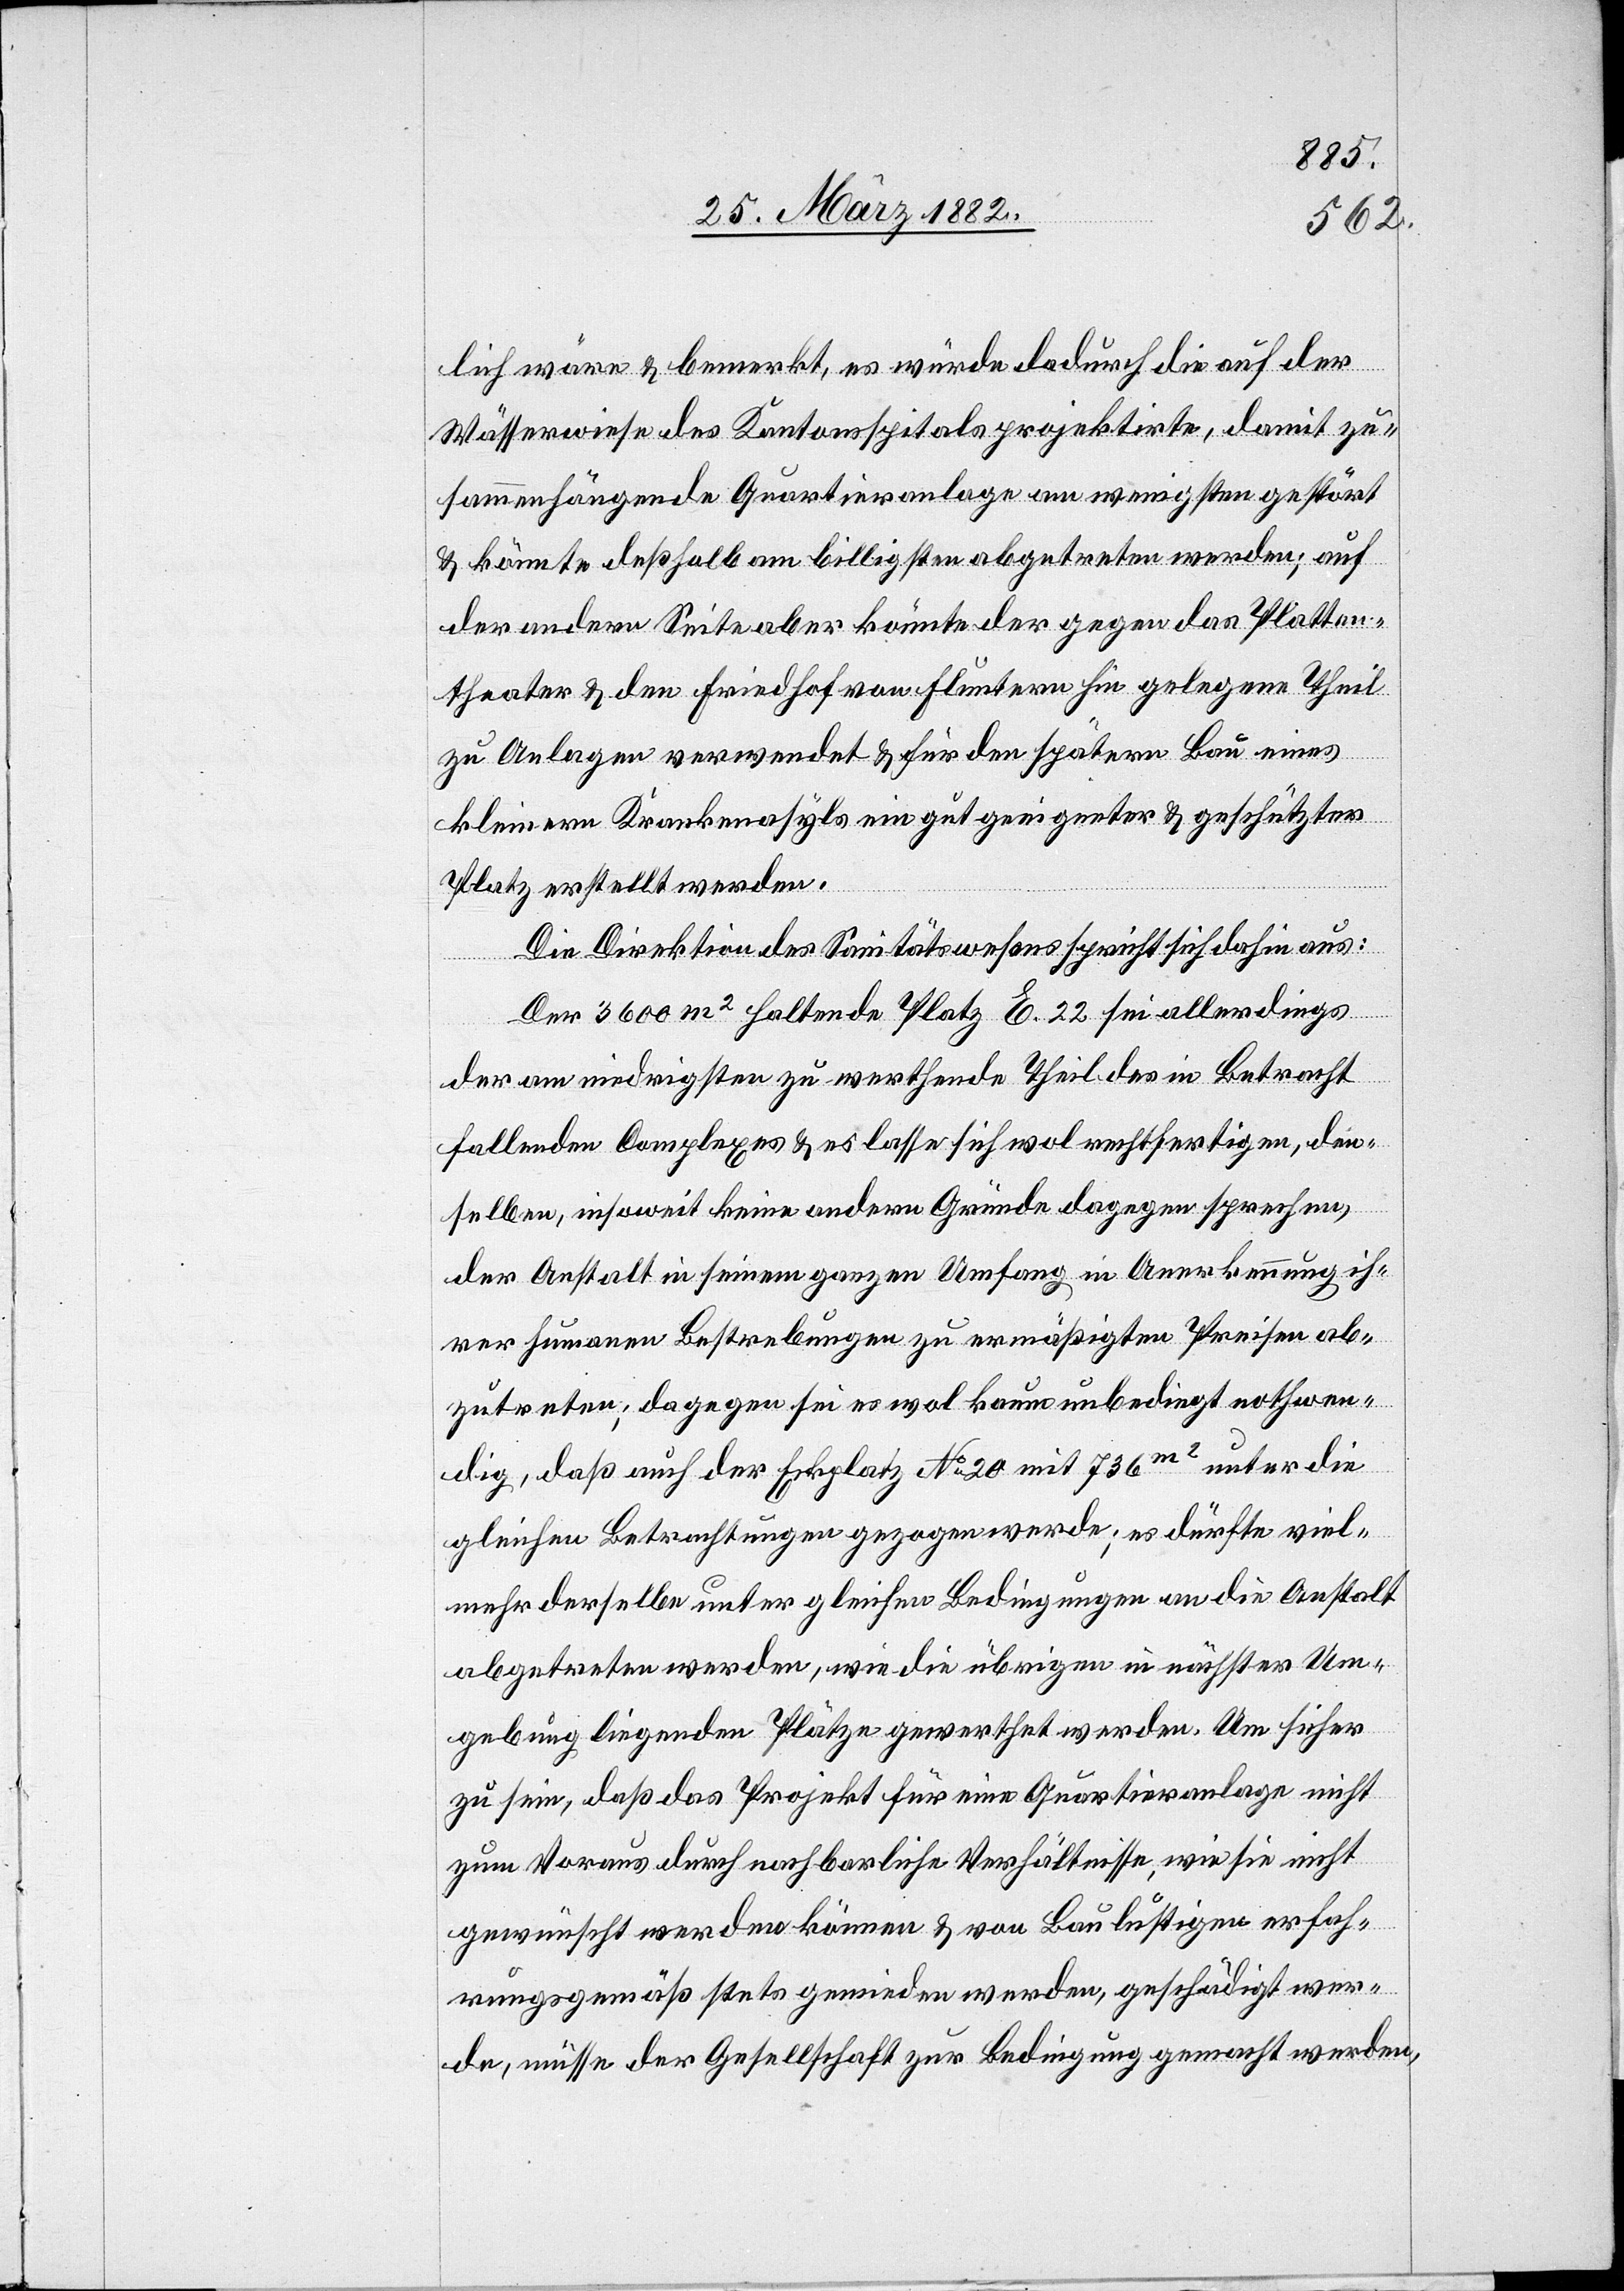
lich wäre & bemerkt, es würde dadurch die auf der
Wässerwiese des Kantonsspitals projektierte, damit zu¬
sammenhängende Quartieranlage am wenigstens gestört
& könnte deßhalb am billigsten abgetreten werden; auf
der andern Seite aber könnte der gegen das Platten¬
theater & den Friedhof von Fluntern hin gelegenen Theil
zu Anlagen verwendet & für den spätern Bau eines
kleinern Krankenasyls ein gut geeigneter & geschützter
Platz erstellt werden.
Die Direktion des Sanitätswesens spricht sich dahin aus:
Der 3600 m2 haltende Platz E. 22 sei allerdings
der am niedrigsten zu werthende Theil des in Betracht
fallenden Complexes & es lasse sich wol rechtfertigen, den¬
selben, insoweit keine andern Gründe dagegen sprechen,
der Anstalt in seinem ganzen Umfang in Anerkennung ih¬
rer humanen Bestrebungen zu ermäßigten Preisen ab¬
zutreten; dagegen sei es wol kaum unbedingt nothwen¬
dig, daß auch der Eckplatz No 20 mit 736 m2 unter die
gleichen Betrachtungen gezogen werde; es dürfte viel¬
mehr derselben unter gleichen Bedingungen an die Anstalt
abgetreten werden, wie die übrigen in nächster Um¬
gebung liegenden Plätze gewerthet werden. Um sicher
zu sein, daß das Projekt für eine Quartieranlage nicht
zum Voraus durch nachbarliche Verhältnisse, wie sie nicht
gewünscht werden können & von Baulustigen erfah¬
rungsgemäß stets gemieden werden, geschädigt wer¬
de, müsse der Gesellschaft zur Bedingung gemacht werden,